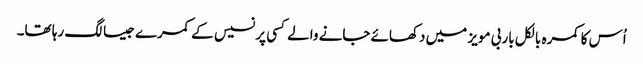
اُس کا کمرہ بالکل باربی مویز میں دکھائے جانے والے کسی پرنسیس کے کمرے جیسا لگ رہا تھا۔